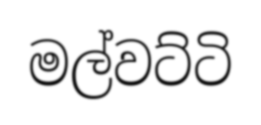
මල්වට්ටි